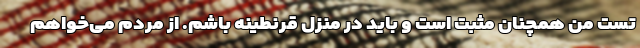
تست من همچنان مثبت است و باید در منزل قرنطینه باشم. از مردم می‌خواهم